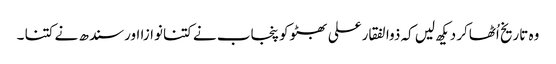
وہ تاریخ اُٹھاکر دیکھ لیں کہ ذوالفقارعلی بھٹوکو پنجاب نے کتنانوازا اورسندھ نے کتنا ۔